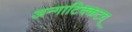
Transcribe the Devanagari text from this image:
अन्गाटिक्कटव्